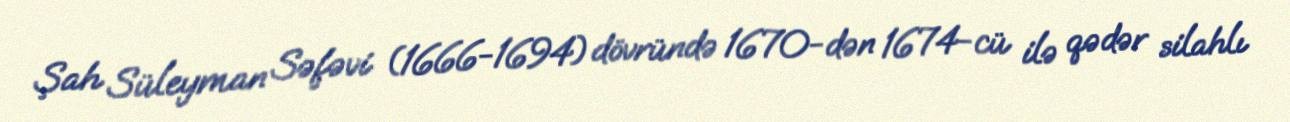
Şah Süleyman Səfəvi (1666-1694) dövründə 1670-dən 1674-cü ilə qədər silahlı